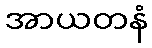
အာယတနံ